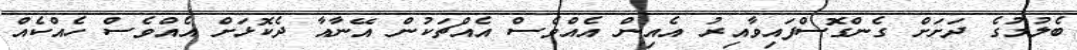
ބެލުމުގެ ދަށަށް ގެންގޮސްފައިވާއިރު އެއިން އެއްވެސް އެއްޗަކުން އޭނާއާ ދެކޮޅަށް އެއްވެސް ހެއްކެއް